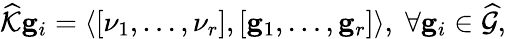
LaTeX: \begin{array}{r}{\widehat{\mathcal{K}}\mathbf{g}_{i}=\langle\left[\nu_{1},\ldots,\nu_{r}\right],\left[\mathbf{g}_{1},\ldots,\mathbf{g}_{r}\right]\rangle,\; \forall\mathbf{g}_{i}\in\widehat{\mathcal{G}},}\end{array}